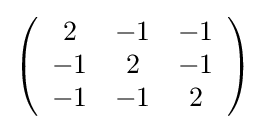
{\textstyle \left({\begin{array}{ccc}2&-1&-1\\-1&2&-1\\-1&-1&2\\\end{array}}\right)}